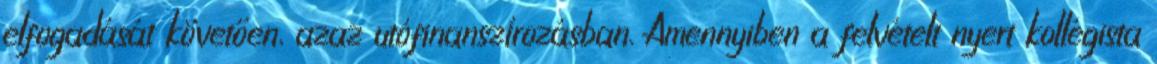
elfogadását követően, azaz utófinanszírozásban. Amennyiben a felvételt nyert kollégista